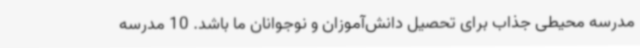
مدرسه محیطی جذاب برای تحصیل دانش‌آموزان و نوجوانان ما باشد. 10 مدرسه